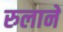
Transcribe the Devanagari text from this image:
रुलाने